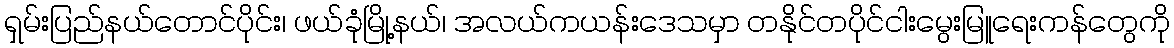
ရှမ်းပြည်နယ်တောင်ပိုင်း၊ ဖယ်ခုံမြို့နယ်၊ အလယ်ကယန်းဒေသမှာ တနိုင်တပိုင်ငါးမွေးမြူရေးကန်တွေကို